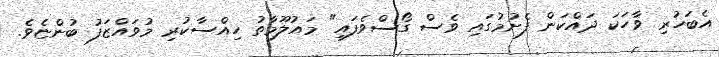
އެބަހުރި ވާހަކަ ދައްކަން ފެށުމުގައި ވެސް ގޯސްވެފައި" މައުލޫމާތު ހިއްސާކުރި މުވައްޒަފު ބުންޏެވެ.